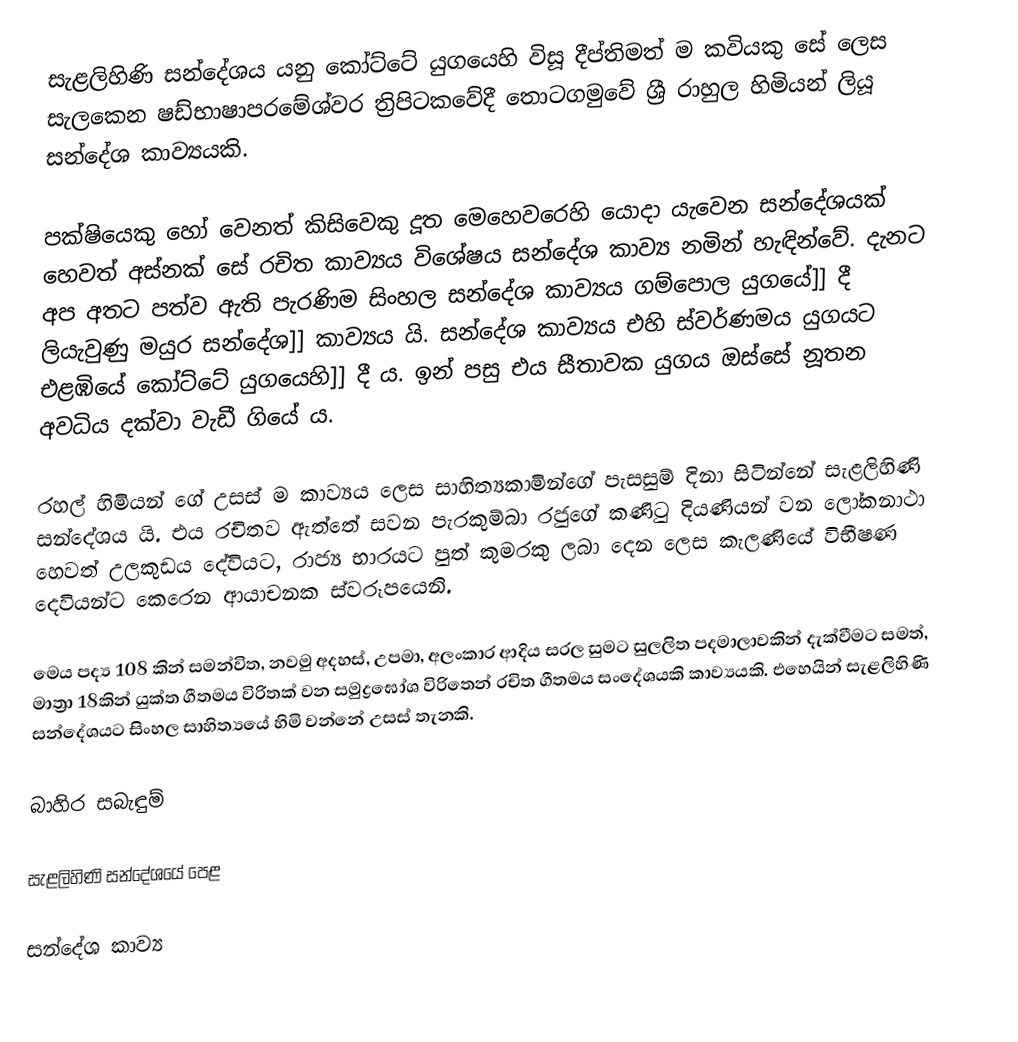
සැළලිහිණි සන්දේශය යනු කෝට්ටේ යුගයෙහි විසූ දීප්තිමත් ම කවියකු සේ ලෙස සැලකෙන ෂඩ්භාෂාපර‍මේශ්වර ත්‍රිපිටකවේදී තොටගමුවේ ශ්‍රී රාහුල හිමියන් ලියූ සන්දේශ කාව්‍යයකි.

පක්ෂියෙකු හෝ වෙනත් කිසිවෙකු දූත මෙහෙවරෙහි යොදා‍ යැවෙන සන්දේශයක් හෙවත් අස්නක් සේ රචිත කාව්‍යය විශේෂය සන්දේශ කාව්‍ය නමින් ‍හැඳින්වේ. දැන‍ට අප අත‍ට පත්ව ඇති පැරණිම සිංහල සන්දේශ කාව්‍යය ගම්පොල යු‍ගයේ]] දී ලියැවුණු මයුර සන්දේශ]] කාව්‍යය යි. සන්දේශ කාව්‍යය එහි ස්වර්ණමය යුගයට එළඹියේ කෝට්ටේ යුගයෙහි]] දී ය. ඉන් පසු එය සීතාවක යු‍ගය ඔස්සේ නූතන අවධිය දක්වා වැඩී ගියේ ය.

රහල් හිමියන් ගේ උසස් ම කාව්‍යය‍ ලෙස සාහිත්‍යකාමින්ගේ පැසසුම් දිනා සි‍‍ටින්නේ සැළලිහිණි සන්දේශය යි. එය රචිතව ඇත්තේ සවන පැරකුම්බා රජුගේ කණිටු දියණියන් වන ලෝකනාථා හෙවත් උලකුඩය දේවියට, රාජ්‍ය භාරයට පුත් කුමරකු ලබා දෙන ලෙස කැලණියේ විභීෂණ දෙවියන්ට කෙරෙන ආයාචනක ස්වරූපයෙනි.

මෙය ‍පද්‍ය 108 කින් සමන්විත, නවමු අදහස්, උපමා, අලංකාර ආදිය සරල සුමට සුලලිත පදමාලාවකින් දැක්වීමට සමත්, මාත්‍රා 18කින් යුක්ත ගීතමය විරිතක් වන සමුද්‍රඝෝශ විරිතෙන් රචිත ගීතමය සංදේශයකි කාව්‍යය‍කි. එහෙයින් සැළලිහිණි සන්දේශයට සිංහල සාහිත්‍යයේ හිමි වන්නේ උසස් තැනකි.

බාහිර සබැඳුම්

සැළලිහිණි සන්දේශයේ පෙළ

සන්දේශ කාව්‍ය